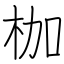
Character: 枷